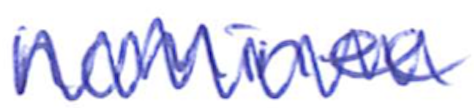
Text: nominee
Cross-out: zig-zag
Writing tool: ballpoint